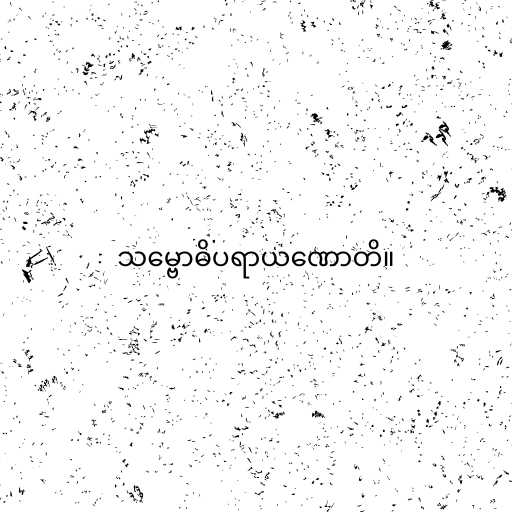
သမ္ဗောဓိပရာယဏောတိ။